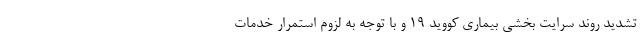
تشدید روند سرایت بخشی بیماری کووید ۱۹ و با توجه به لزوم استمرار خدمات